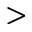
>